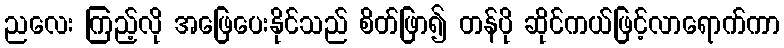
ညလေး ကြည့်လို အဖြေပေးနိုင်သည် စိတ်ဖြာ၍ တန်ပို ဆိုင်ကယ်ဖြင့်လာရောက်ကာ